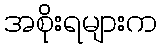
အစိုးရများက